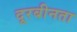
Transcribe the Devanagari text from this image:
दूरबीनता